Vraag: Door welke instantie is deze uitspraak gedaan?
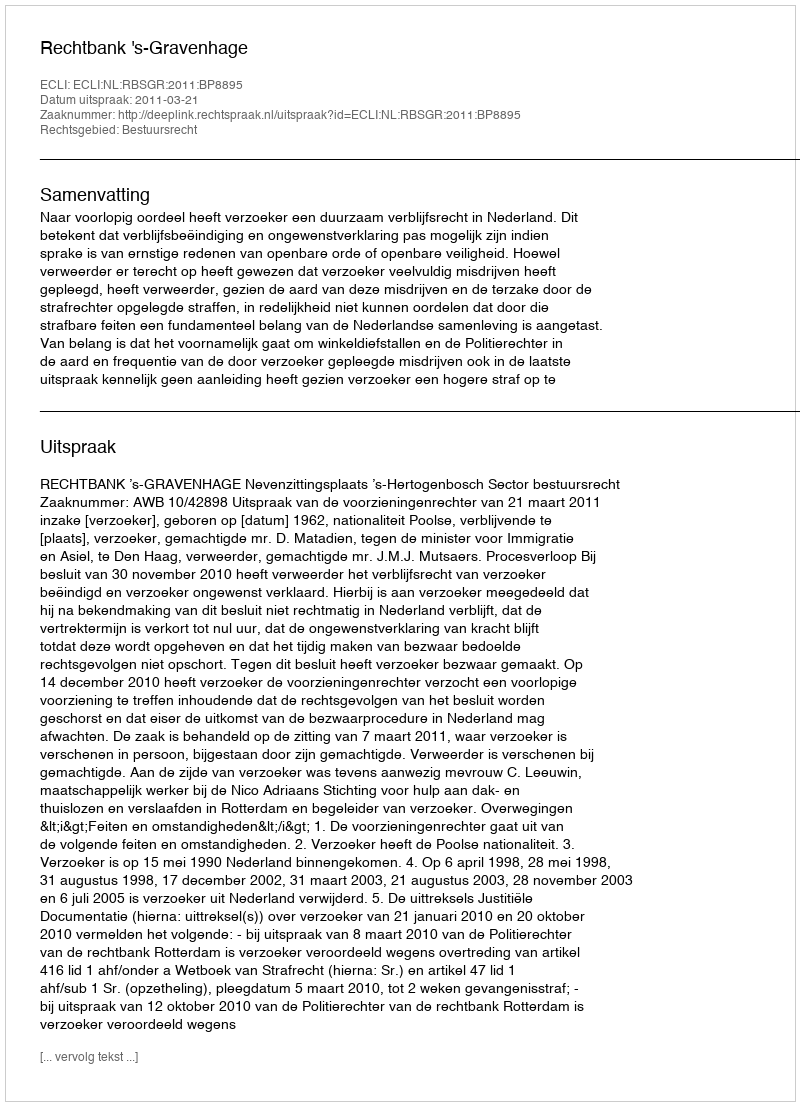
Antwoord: Rechtbank 's-Gravenhage